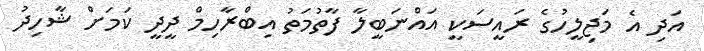
އަދި އެ މަޖިލީހުގެ ރައީސަކީ އައްނަބީލާ ފާތުމަތު އިބްރާހިމް ދީދީ ކަމަށް ޝާހިދު